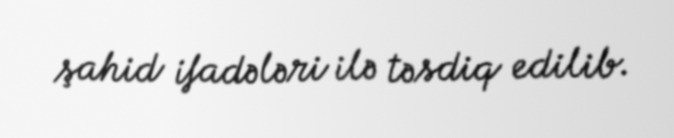
şahid ifadələri ilə təsdiq edilib.